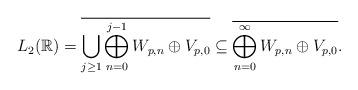
LaTeX: \begin{align*}L_{2}(\mathbb{R}) = \overline{ \bigcup_{j \geq 1} \bigoplus_{n=0}^{j-1} W_{p,n} \oplus V_{p,0} } \subseteq \overline{ \bigoplus_{n=0}^{\infty} W_{p,n} \oplus V_{p,0} } . \end{align*}